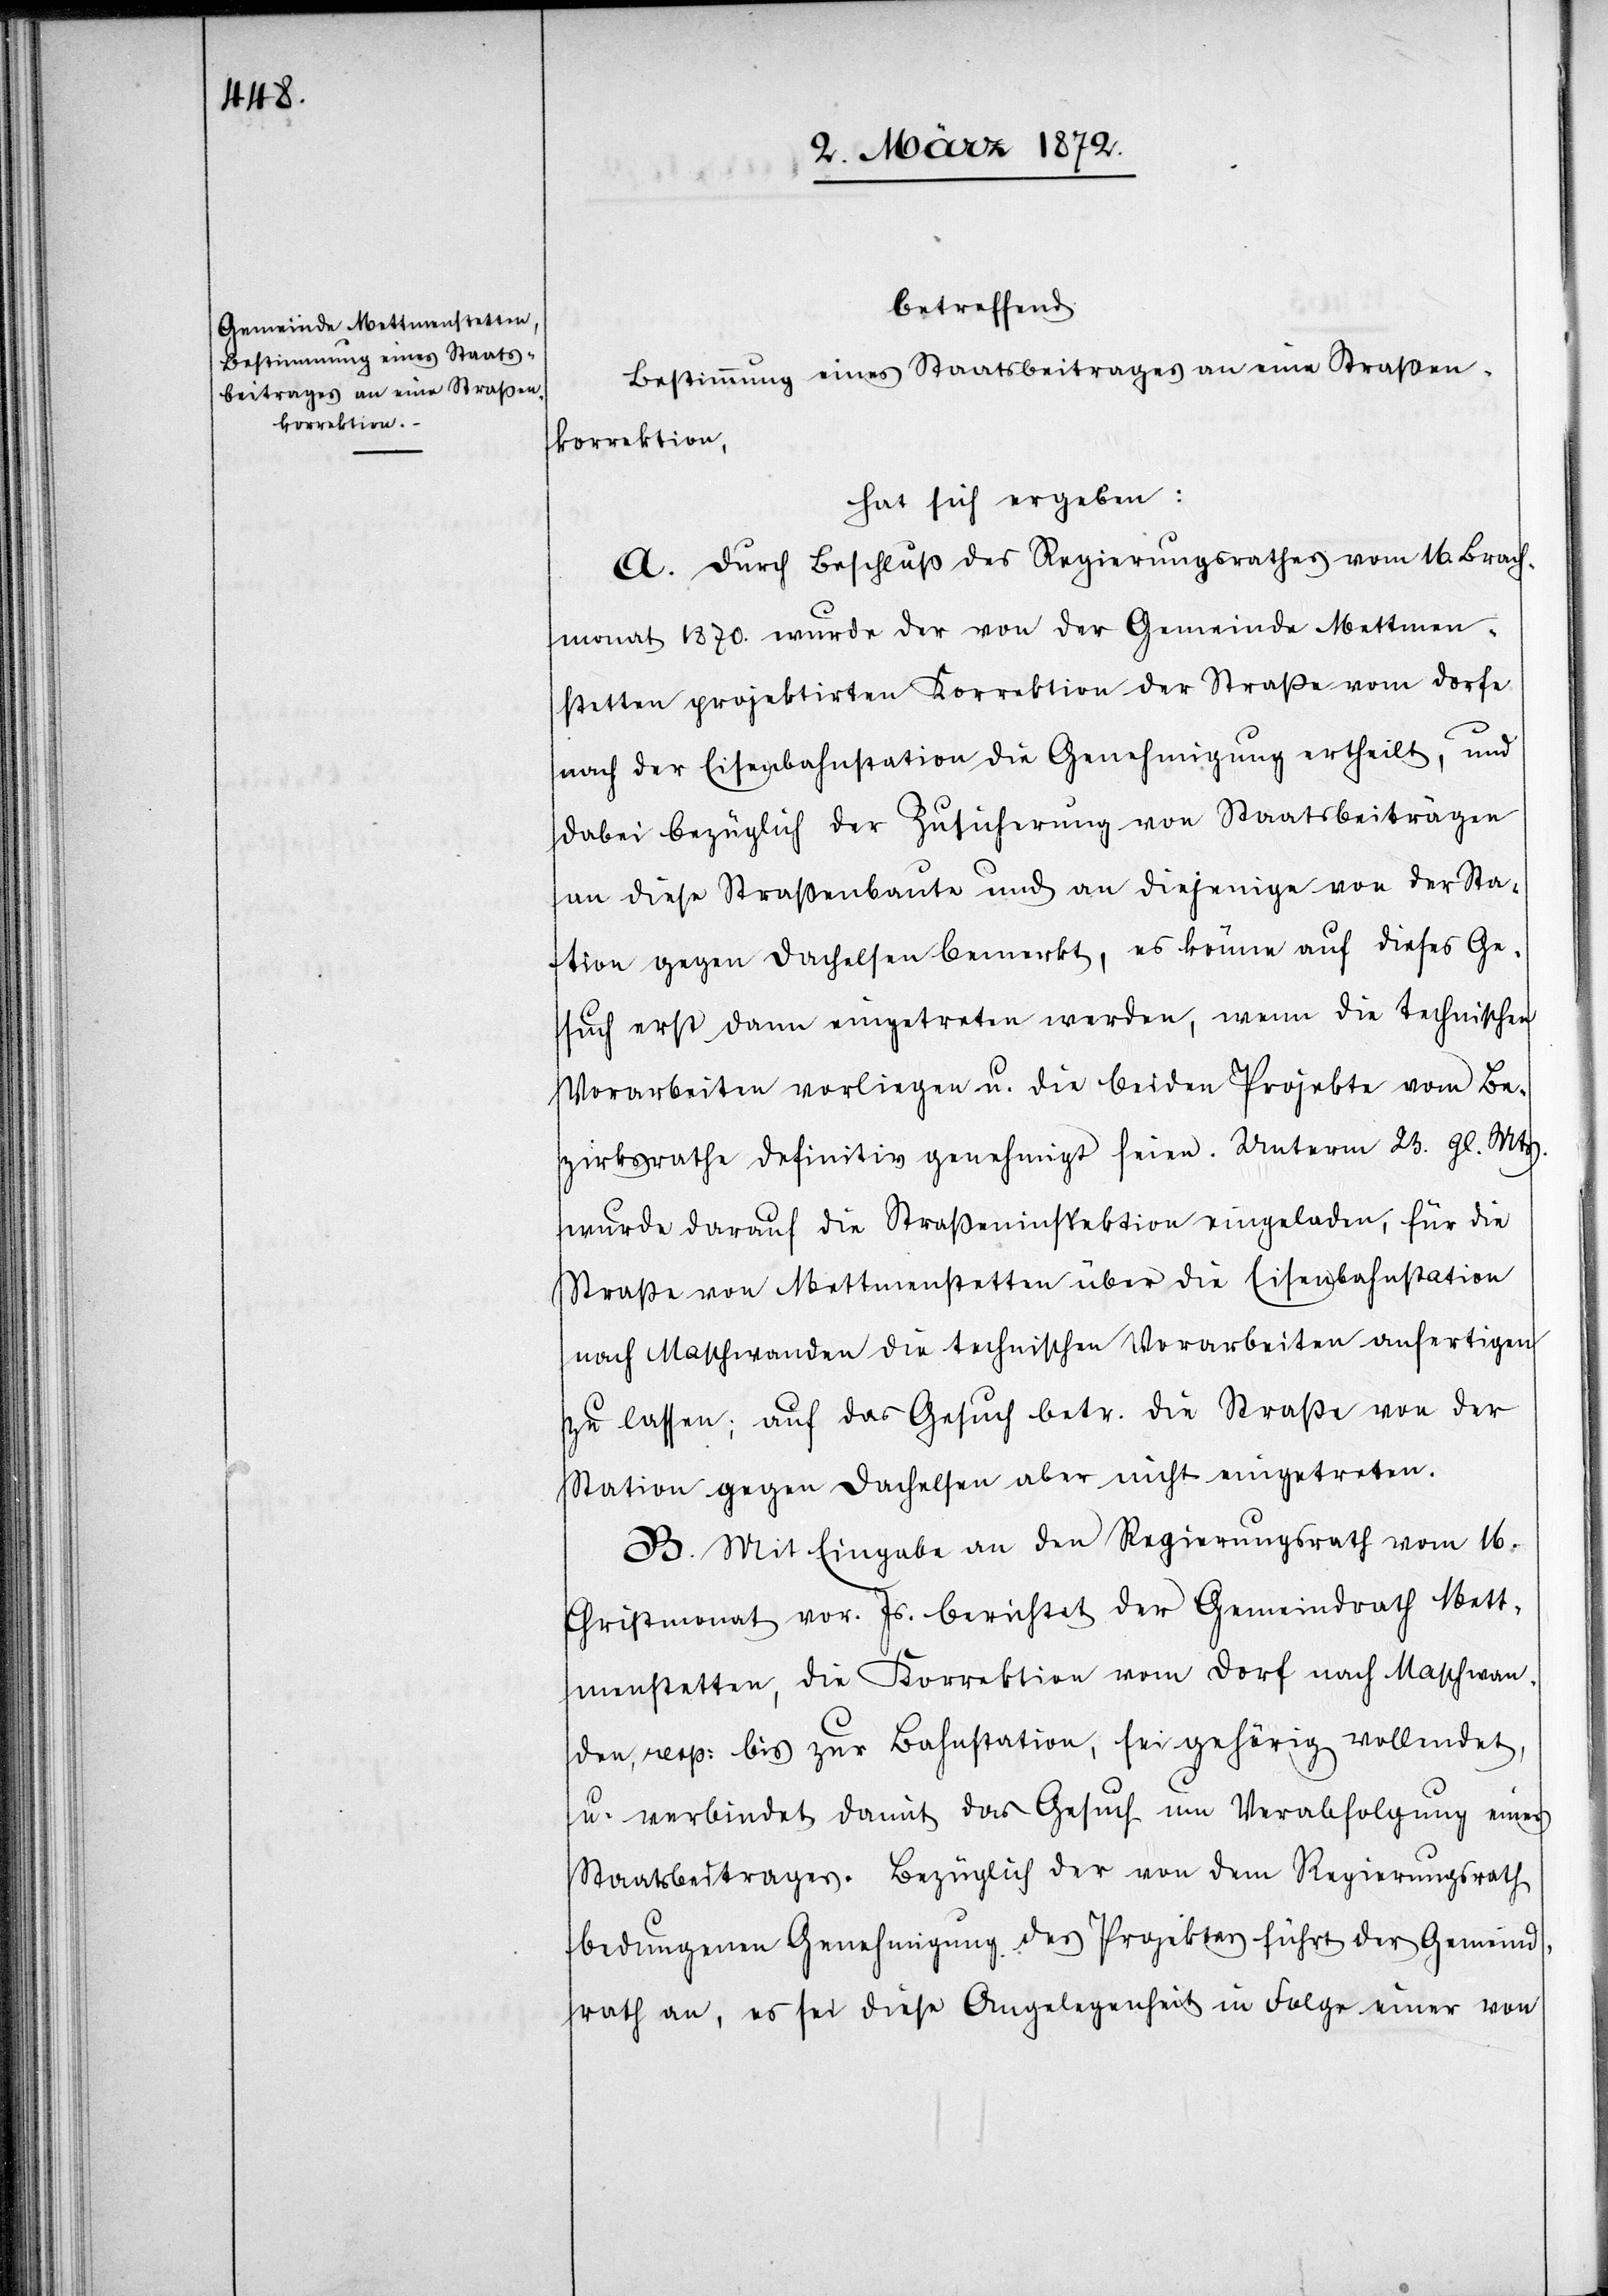
betreffend
Bestimmung eines Staatsbeitrages an eine Straßen¬
korrektion,
hat sich ergeben:
A. Durch Beschluß des Regierungsrathes vom 16. Brach¬
monat 1870. wurde der von der Gemeinde Mettmen¬
stetten projektirten Korrektion der Straße vom Dorfe
nach der Eisenbahnstation die Genehmigung ertheilt, und
dabei bezüglich der Zusicherung von Staatsbeiträgen
an diese Straßenbaute und an diejenige von der Sta¬
tion gegen Dachelsen bemerkt, es könne auf dieses Ge¬
such erst dann eingetreten werden, wenn die technischen
Vorarbeiten vorliegen u. die beiden Projekte vom Be¬
zirksrathe definitiv genehmigt seien. Unterm 23. gl. Mts.
wurde darauf die Straßeninspektion eingeladen, für die
Straße von Mettmenstetten über die Eisenbahnstation
nach Maschwanden die technischen Vorarbeiten anfertigen
zu lassen; auf das Gesuch betr. die Straße von der
Station gegen Dachelsen aber nicht eingetreten.
B. Mit Eingabe an den Regierungsrath vom 16.
Christmonat vor. Js. berichtet der Gemeindrath Mett¬
menstetten, die Korrektion vom Dorf nach Maschwan¬
den, resp. bis zur Bahnstation, sei gehörig vollendet,
u. verbindet damit das Gesuch um Verabfolung eines
Staatsbeitrages. Bezüglich der von dem Regierungsrath
bedungenen Genehmigung des Projektes führt der Gemeind¬
rath an, es sei diese Angelegenheit in Folge einer von